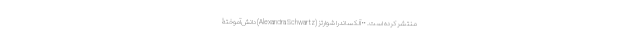
منتشر کرده است. •• آلکساندرا شوارتز (Alexandra Schwartz) دانش‌آموختۀ